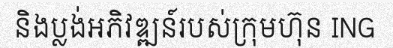
និងប្លង់អភិវឌ្ឍន៍របស់ក្រុមហ៊ុន ING